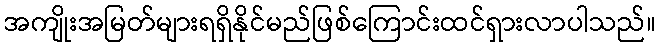
အကျိုးအမြတ်များရရှိနိုင်မည်ဖြစ်ကြောင်းထင်ရှားလာပါသည်။